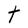
Character: t